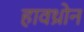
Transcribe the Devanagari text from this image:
हावथ्रोन